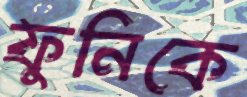
ফুনিকে